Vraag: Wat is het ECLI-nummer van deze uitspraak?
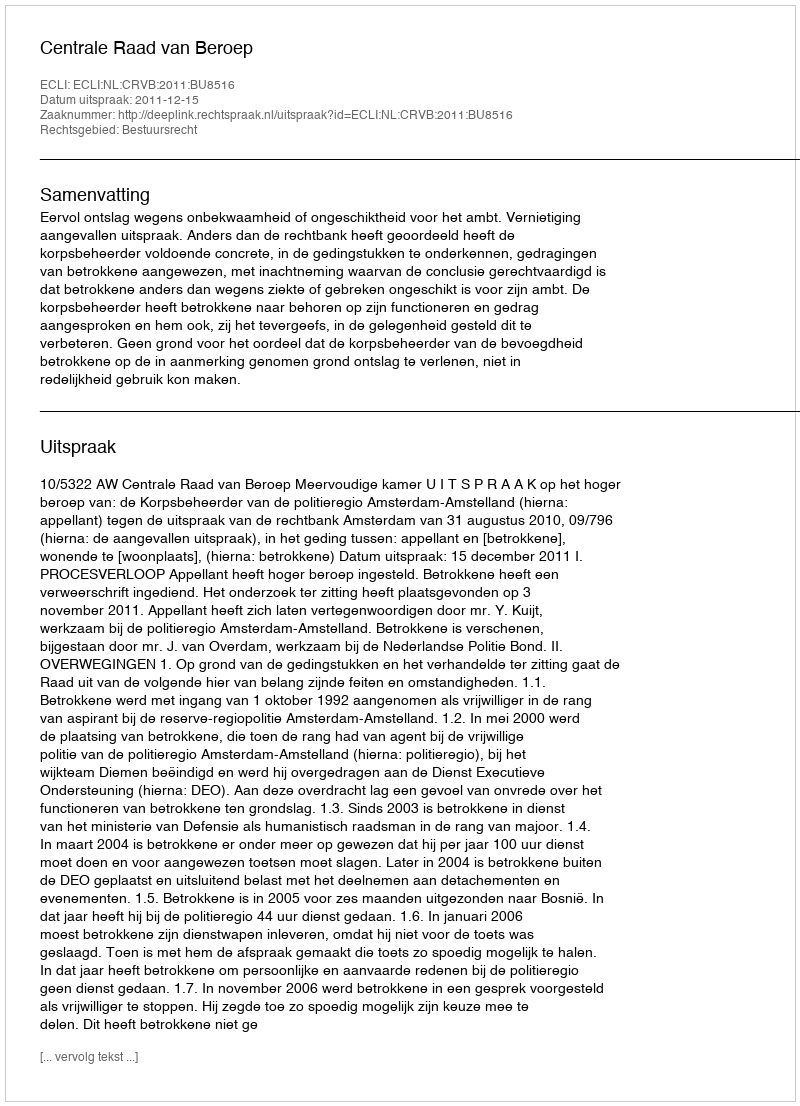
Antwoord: ECLI:NL:CRVB:2011:BU8516